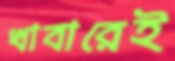
খাবারেই